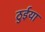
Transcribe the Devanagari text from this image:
ठुईया